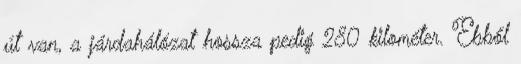
út van, a járdahálózat hossza pedig 280 kilométer. Ebből